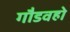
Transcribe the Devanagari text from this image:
गौडवहो